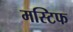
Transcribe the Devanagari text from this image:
मस्टिफ